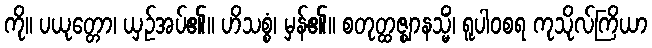
ကို။ ပယုတ္တော၊ ယှဉ်အပ်၏။ ဟိသစ္စံ၊ မှန်၏။ စတုတ္ထဇ္ဈာနသ္မိံ၊ ရူပါဝစရ ကုသိုလ်ကြိယာ